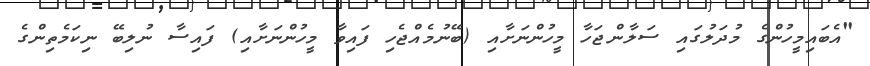
"އެބައިމީހުންގެ މުދަލުގައި ސަލާންޖަހާ މީހުންނަށާއި (ބޭނުމެއްޖެހި ފައިވާ މީހުންނަށާއި) ފައިސާ ނުލިބޭ ނިކަމެތިންގެ